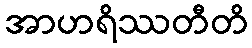
အာဟရိဿတီတိ